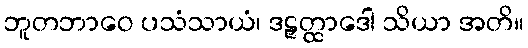
ဘူတဘာဝေ ပသံသာယံ၊ ဒဠှတ္ထာဒေါ သိယာ အတိ။